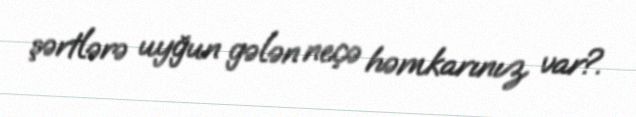
şərtlərə uyğun gələn neçə həmkarınız var?.